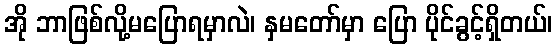
အို ဘာဖြစ်လို့မပြောရမှာလဲ၊ နှမတော်မှာ ပြော ပိုင်ခွင့်ရှိတယ်၊